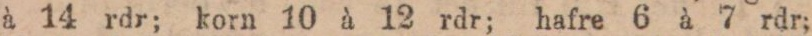
à 14 rdr; korn 10 à 12 rdr; hafre 6 à 7 rdr;